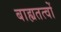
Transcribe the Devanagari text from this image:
बाह्यतत्वों